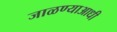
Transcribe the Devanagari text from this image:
जाळण्याआधी